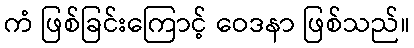
ကံ ဖြစ်ခြင်းကြောင့် ဝေဒနာ ဖြစ်သည်။